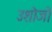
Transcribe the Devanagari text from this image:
उशोजो